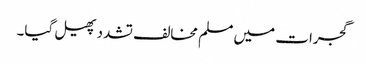
گجرات میں مسلم مخالف تشدد پھیل گیا۔